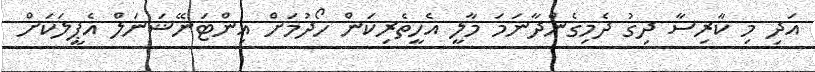
އަދި މި ކާރިސާ ދިގު ދެމިގެންދާނަމަ މާލީ އެހީތެރިކަން ހޯދުމަށް އިންޓަނޭޝަނަލް އެޕީލަކަށް